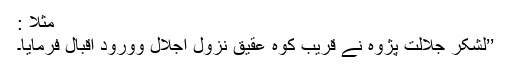
مثلاً :
’’لشکرِ جلالت پَژُوہ نے قریبِ کوہِ عقیق نُزولِ اِجلال وورودِ اقبال فرمایا۔